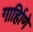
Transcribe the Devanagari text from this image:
गार्हािणे